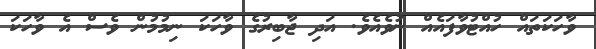
ވާހަކަތައް ހުއްޓުވާފައެއް ނުވެއެވެ. އަދި ޖާބިރުގެ ވާހަކަ ނިމުމުން ވެސް އެ ވާހަކަ